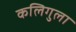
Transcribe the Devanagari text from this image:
कलिगुला